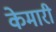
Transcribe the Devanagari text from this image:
केमारी